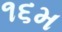
૧૬મ